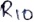
Text: R10